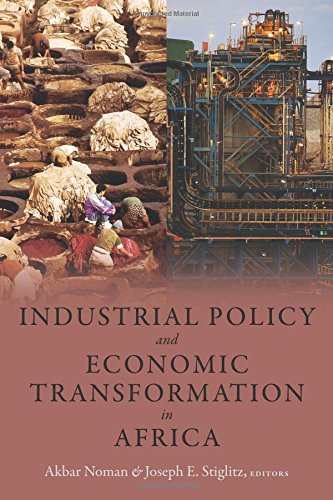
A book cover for Industrial Policy and Economic Transformation in Africa (Initiative for Policy Dialogue); Business & Money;